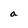
Character: a